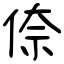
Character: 倷